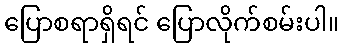
ပြောစရာရှိရင် ပြောလိုက်စမ်းပါ။